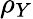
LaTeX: \rho_{Y}